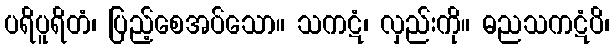
ပရိပူရိတံ၊ ပြည့်စေအပ်သော။ သကဋံ၊ လှည်းကို။ ဓညသကဋံပိ၊